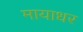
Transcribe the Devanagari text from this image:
मायाधर